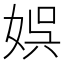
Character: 娯